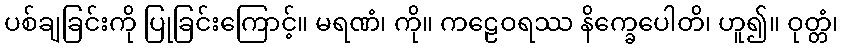
ပစ်ချခြင်းကို ပြုခြင်းကြောင့်။ မရဏံ၊ ကို။ ကဠေဝရဿ နိက္ခေပေါတိ၊ ဟူ၍။ ဝုတ္တံ၊